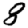
Digit: 8